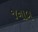
જનાબ